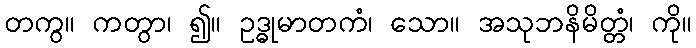
တကွ။ ကတွာ၊ ၍။ ဥဒ္ဓုမာတကံ၊ သော။ အသုဘနိမိတ္တံ၊ ကို။